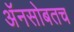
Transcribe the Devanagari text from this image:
अॅनसोबतच